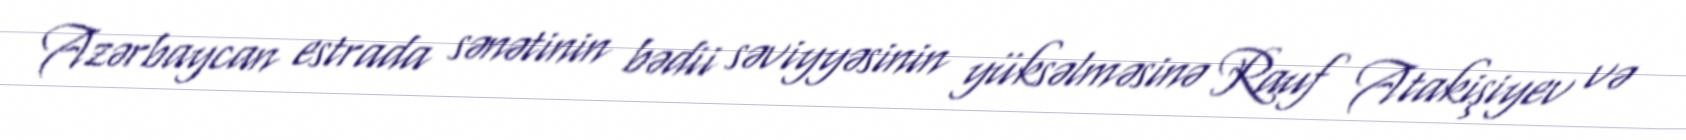
Azərbaycan estrada sənətinin bədii səviyyəsinin yüksəlməsinə Rauf Atakişiyev və